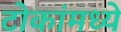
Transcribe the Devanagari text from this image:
टोकांमध्ये